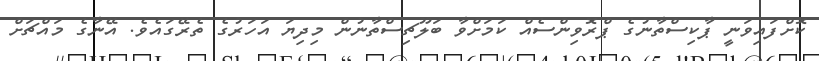
ކޮށްފައިވަނީ ޕާކިސްތާނުގެ ޕްރޮވިންސެއް ކަމަށްވާ ބަލޫޗިސްތާނުން މިދިޔަ އަހަރުގެ ތެރޭގައެވެ. އޭނާގެ މައްޗަށް